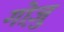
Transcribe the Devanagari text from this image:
गोज़ु